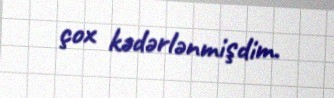
çox kədərlənmişdim.